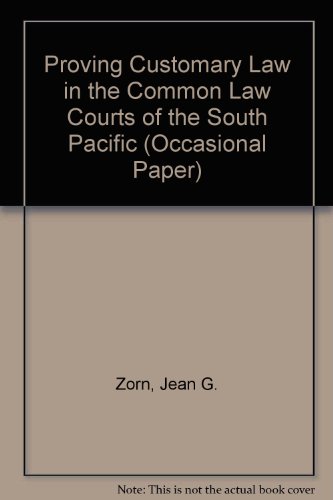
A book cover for Proving Customary Law in the Common Courts of the South Pacific (Occasional Papers); Jean G. Zorn; Law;